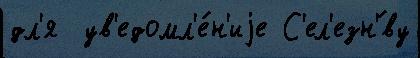
дл'я  ув'едомл'е́н'иjе С'ел'езн'́ву